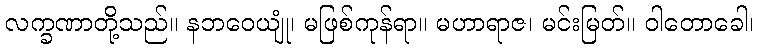
လက္ခဏာတို့သည်။ နဘဝေယျုံ၊ မဖြစ်ကုန်ရာ။ မဟာရာဇ၊ မင်းမြတ်။ ဝါတောခေါ၊